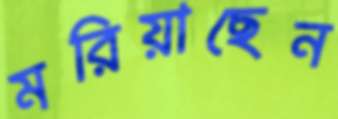
মরিয়াছেন